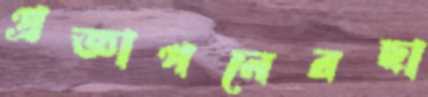
প্রজ্ঞাপনেরছা